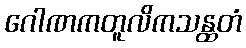
ဂေါဏကတူလိကသန္ထတံ